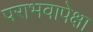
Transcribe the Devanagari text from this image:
पराभवापेक्षा